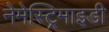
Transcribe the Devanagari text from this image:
नेमेस्ट्रिमाइडी